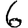
Digit: 6